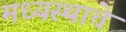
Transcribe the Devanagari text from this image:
मध्यस्थाचे